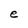
Character: e